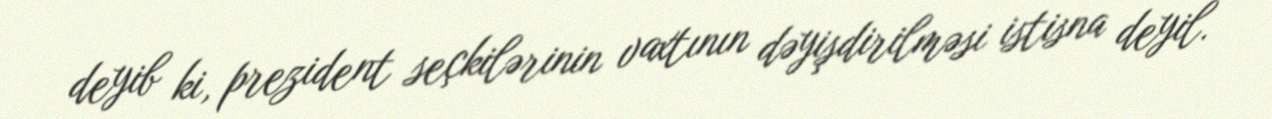
deyib ki, prezident seçkilərinin vaxtının dəyişdirilməsi istisna deyil.